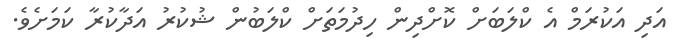
އަދި އަކުރަމް އެ ކްލަބަށް ކޮށްދިން ހިދުމަތަށް ކްލަބުން ޝުކުރު އަދާކުރާ ކަމަށެވެ.